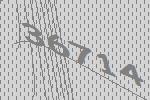
36714